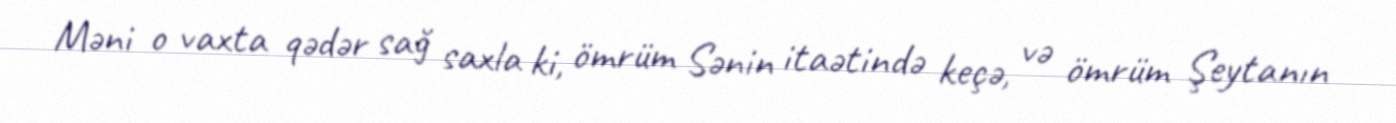
Məni o vaxta qədər sağ saxla ki, ömrüm Sənin itaətində keçə, və ömrüm Şeytanın